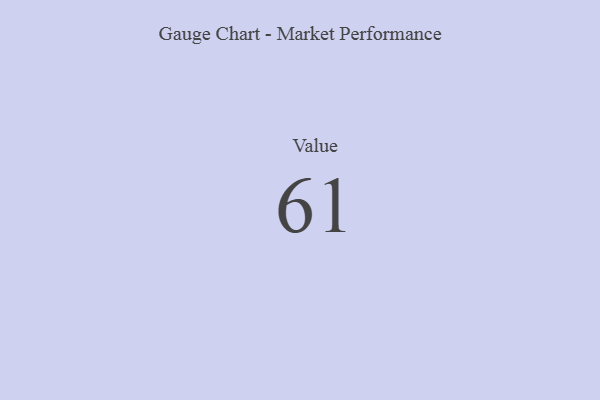
{"axis": {"x": "Metric", "y": "Value"}, "legend": [""], "data": [{"x": "Value", "y": 61, "type": ""}]}